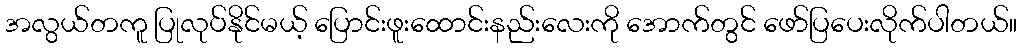
အလွယ်တကူ ပြုလုပ်နိုင်မယ့် ပြောင်းဖူးထောင်းနည်းလေးကို အောက်တွင် ဖော်ပြပေးလိုက်ပါတယ်။